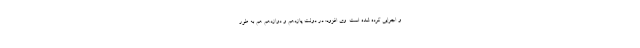
و اجرایی کرده شده است. وی افزود: در دولت یازدهم و دوازدهم هم به طور